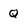
Character: Q